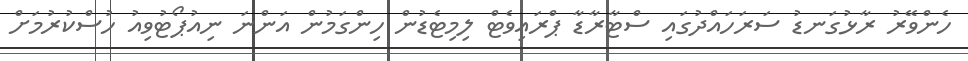
ހެންވޭރު ރާޅުގަނޑު ސަރަހައްދުގައި ސްޓާރާޑާ ޕްރައިވެޓް ލިމިޓެޑުން ހިންގަމުން އަންނަ ނިއުޕޯޓުވިއު ހުސްކުރުމަށް